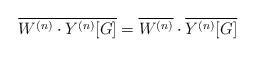
LaTeX: \begin{align*}\overline{W^{(n)}\cdot Y^{(n)}[G]} = \overline{W^{(n)}}\cdot \overline{Y^{(n)}[G]}\end{align*}